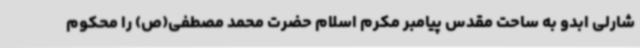
شارلی ابدو به ساحت مقدس پیامبر مکرم اسلام حضرت محمد مصطفی(ص) را محکوم